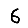
Digit: 6